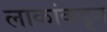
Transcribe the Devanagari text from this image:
लाकांकडून